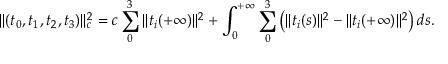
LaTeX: \| ( t _ { 0 } , t _ { 1 } , t _ { 2 } , t _ { 3 } ) \| _ { c } ^ { 2 } = c \sum _ { 0 } ^ { 3 } \| t _ { i } ( + \infty ) \| ^ { 2 } + \int _ { 0 } ^ { + \infty } \sum _ { 0 } ^ { 3 } \left( \| t _ { i } ( s ) \| ^ { 2 } - \| t _ { i } ( + \infty ) \| ^ { 2 } \right) d s .